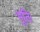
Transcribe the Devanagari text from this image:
भूतिः